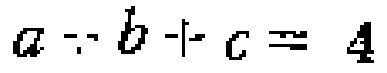
$a - b + c = 4$